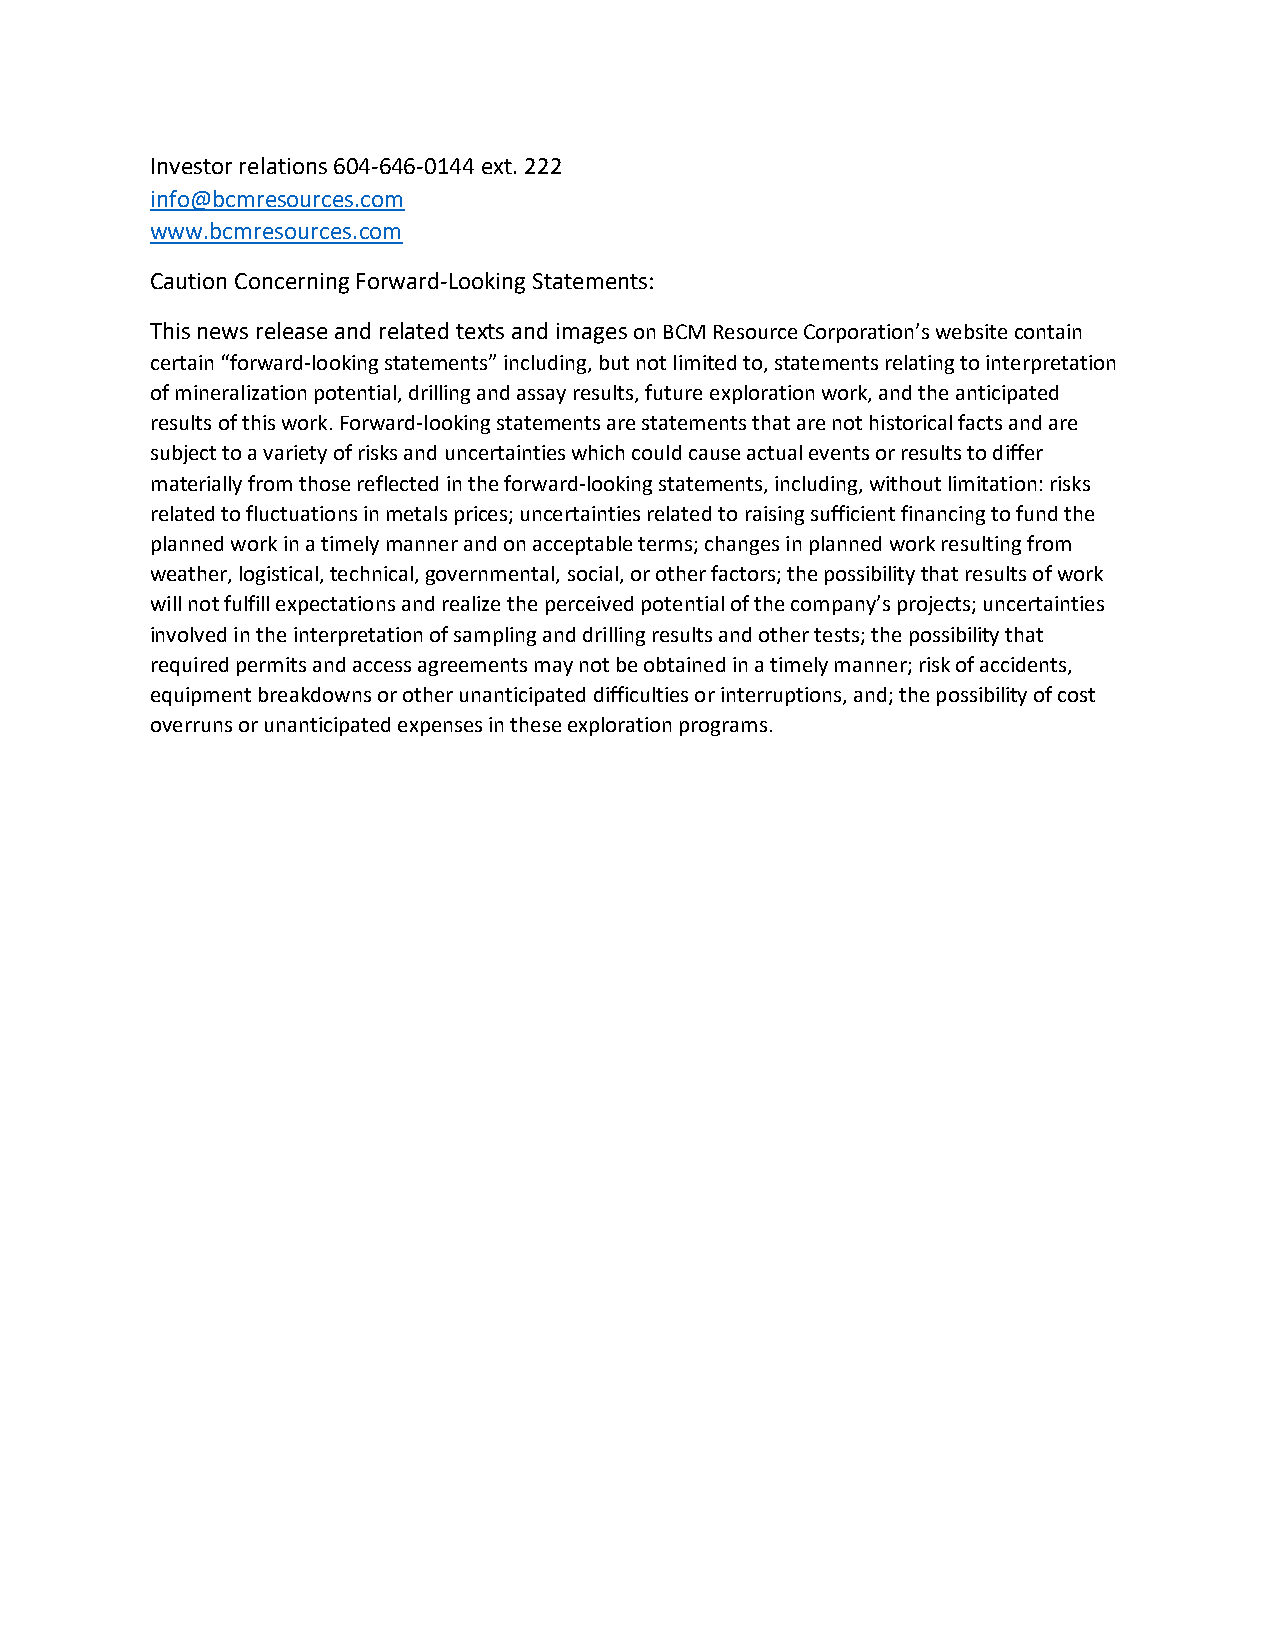
Investor relations 604-646-0144 ext. 222
 info@bcmresources.com
 www.bcmresources.com
 Caution Concerning Forward-Looking Statements:
 This news release and related texts and images on BCM Resource Corporation’s website contain
 certain “forward-looking statements” including, but not limited to, statements relating to interpretation
 of mineralization potential, drilling and assay results, future exploration work, and the anticipated
 results of this work. Forward-looking statements are statements that are not historical facts and are
 subject to a variety of risks and uncertainties which could cause actual events or results to differ
 materially from those reflected in the forward-looking statements, including, without limitation: risks
 related to fluctuations in metals prices; uncertainties related to raising sufficient financing to fund the
 planned work in a timely manner and on acceptable terms; changes in planned work resulting from
 weather, logistical, technical, governmental, social, or other factors; the possibility that results of work
 will not fulfill expectations and realize the perceived potential of the company’s projects; uncertainties
 involved in the interpretation of sampling and drilling results and other tests; the possibility that
 required permits and access agreements may not be obtained in a timely manner; risk of accidents,
 equipment breakdowns or other unanticipated difficulties or interruptions, and; the possibility of cost
 overruns or unanticipated expenses in these exploration programs.